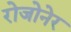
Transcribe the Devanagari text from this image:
रोजोनेर